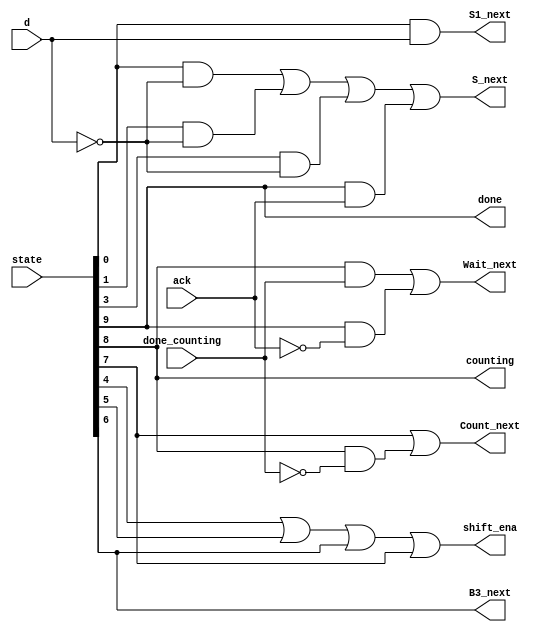
// This program was cloned from: https://github.com/Yvan-xy/verilog-doc
// License: GNU General Public License v2.0

module top_module(
    input d,
    input done_counting,
    input ack,
    input [9:0] state,    // 10-bit one-hot current state
    output B3_next,
    output S_next,
    output S1_next,
    output Count_next,
    output Wait_next,
    output done,
    output counting,
    output shift_ena
); //

    // You may use these parameters to access state bits using e.g., state[B2] instead of state[6].
    parameter S=0, S1=1, S11=2, S110=3, B0=4, B1=5, B2=6, B3=7, Count=8, Wait=9;

    assign	B3_next = state[B2];
    assign	S_next = state[S]&(~d) || state[S1]&(~d) || state[S110]&(~d) || state[Wait]&(ack);
    assign	S1_next = state[S]&(d);
    assign	Count_next = state[B3] || state[Count]&(~done_counting);
    assign	Wait_next = state[Count]&(done_counting) || state[Wait]&(~ack);
    assign	done = state[Wait];
    assign	counting = state[Count];
    assign	shift_ena = state[B0] || state[B1] || state[B2] || state[B3];

endmodule